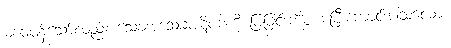
မဝေဖန်သော်လည်း သေခအသေခပဋိပဒါကို ပြခြင်းကိစ္စ မပြီးကောင်းပါသလော။